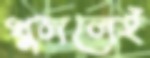
খুললেই